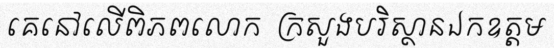
គេនៅលើពិភពលោក  ក្រសួងបរិស្ថានឯកឧត្តម